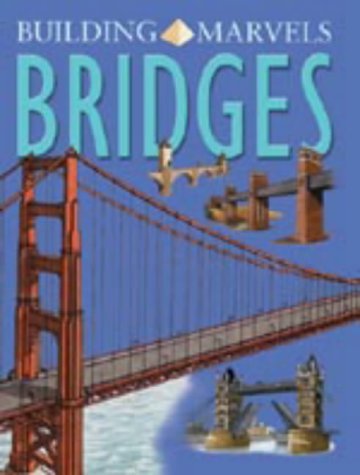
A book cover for Bridges (Building Marvels); Chris Oxlade; Children's Books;